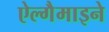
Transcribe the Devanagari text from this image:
ऐल्गैमाइने